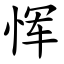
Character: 恽